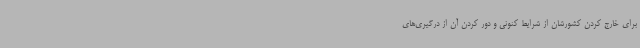
برای خارج کردن کشورشان از شرایط کنونی و دور کردن آن از درگیری‌های